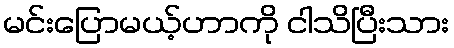
မင်းပြောမယ့်ဟာကို ငါသိပြီးသား